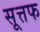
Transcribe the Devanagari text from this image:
सूत्तफ